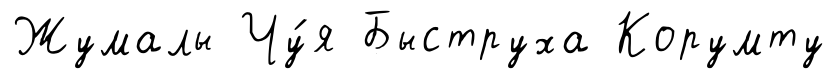
Жумалы Чу́я Быструха Корумту